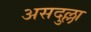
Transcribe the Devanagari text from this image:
असदुल्ला